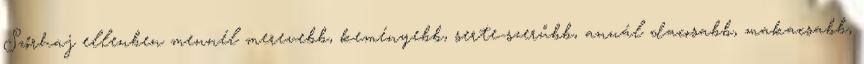
Szőrhaj ellenben mennél merevebb, keményebb, serte-szerűbb, annál dacosabb, makacsabb,